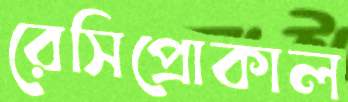
রেসিপ্রোকাল